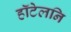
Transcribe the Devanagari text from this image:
हॉटेलनि